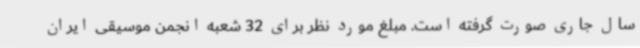
سال جاری صورت گرفته است. مبلغ مورد نظر برای 32 شعبه انجمن موسیقی ایران